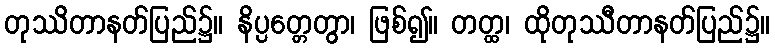
တုဿိတာနတ်ပြည်၌။ နိပ္ပတ္တေတွာ၊ ဖြစ်၍။ တတ္ထ၊ ထိုတုဿီတာနတ်ပြည်၌။